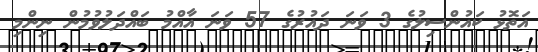
އަތޮޅު ކައުންސިލުގެ 3 ވަނަ ދައުރުގެ 57 ވަނަ އާއްމު ބައްދަލުވުމުން ނިންމި